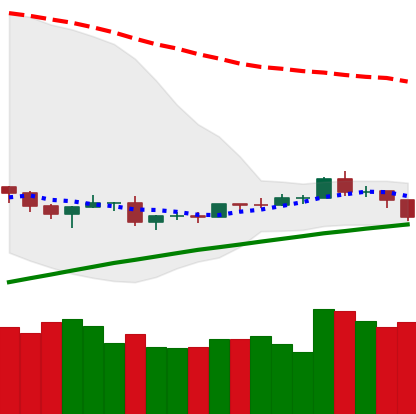
Ticker: ETH-USD
Chart end date: 2019-08-09
Forward return: -11.346%
Label: down_7plus